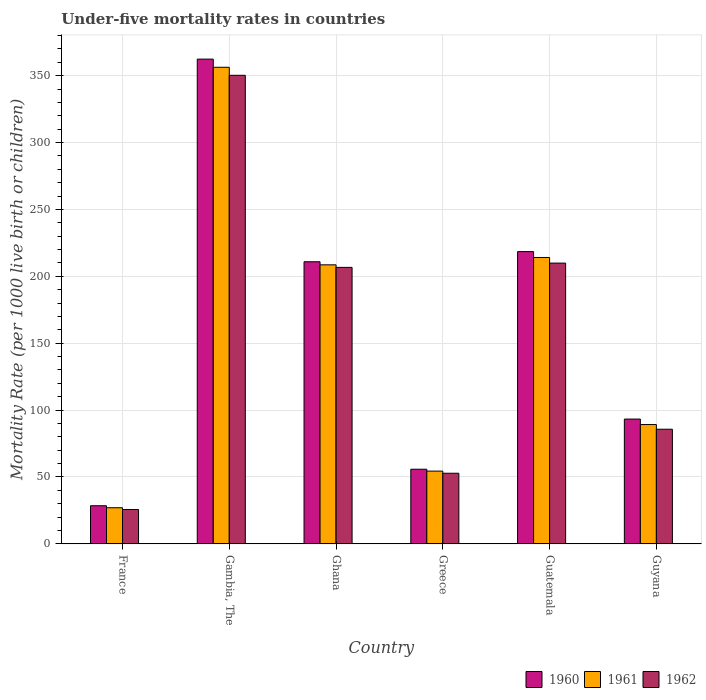
| Country | 1960 | 1961 | 1962 |
 | --- | --- | --- | --- |
 | France | 28.5 | 27 | 25.7 |
 | Gambia, The | 362 | 356 | 350 |
 | Ghana | 211 | 209 | 207 |
 | Greece | 55.8 | 54.4 | 52.8 |
 | Guatemala | 218 | 214 | 210 |
 | Guyana | 93.3 | 89.2 | 85.7 |